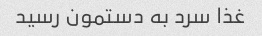
غذا سرد به دستمون رسید